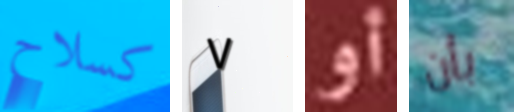
كسلاح ٧ أو بأن